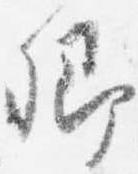
卿